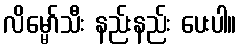
လိမ္မော်သီး နည်းနည်း ပေးပါ။